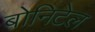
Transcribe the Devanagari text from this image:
बोनिटेल